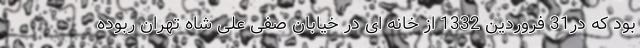
بود که در31 فروردین 1332 از خانه ای در خیابان صفی علی شاه تهران ربوده